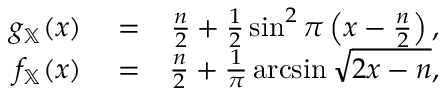
\begin{array} { r l r } { g _ { \mathbb { X } } ( x ) } & { { } = } & { \frac { n } { 2 } + \frac { 1 } { 2 } \sin ^ { 2 } \pi \left( x - \frac { n } { 2 } \right) , } \\ { f _ { \mathbb { X } } ( x ) } & { { } = } & { \frac { n } { 2 } + \frac { 1 } { \pi } \arcsin \sqrt { 2 x - n } , } \end{array}